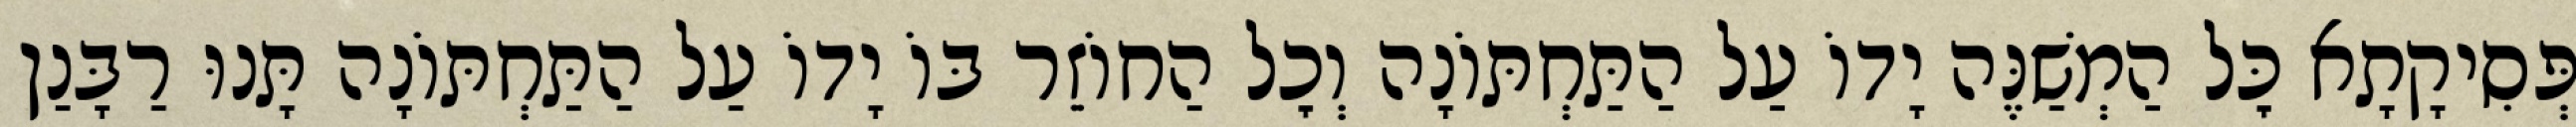
פְּסִיקָתָא כׇּל הַמְשַׁנֶּה יָדוֹ עַל הַתַּחְתּוֹנָה וְכׇל הַחוֹזֵר בּוֹ יָדוֹ עַל הַתַּחְתּוֹנָה תָּנוּ רַבָּנַן